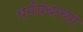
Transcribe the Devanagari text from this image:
धर्मग्रंथाच्या